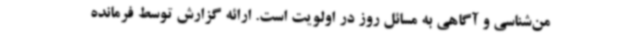
من‌شناسی و آگاهی به مسائل روز در اولویت است. ارائه گزارش توسط فرمانده